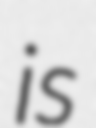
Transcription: is